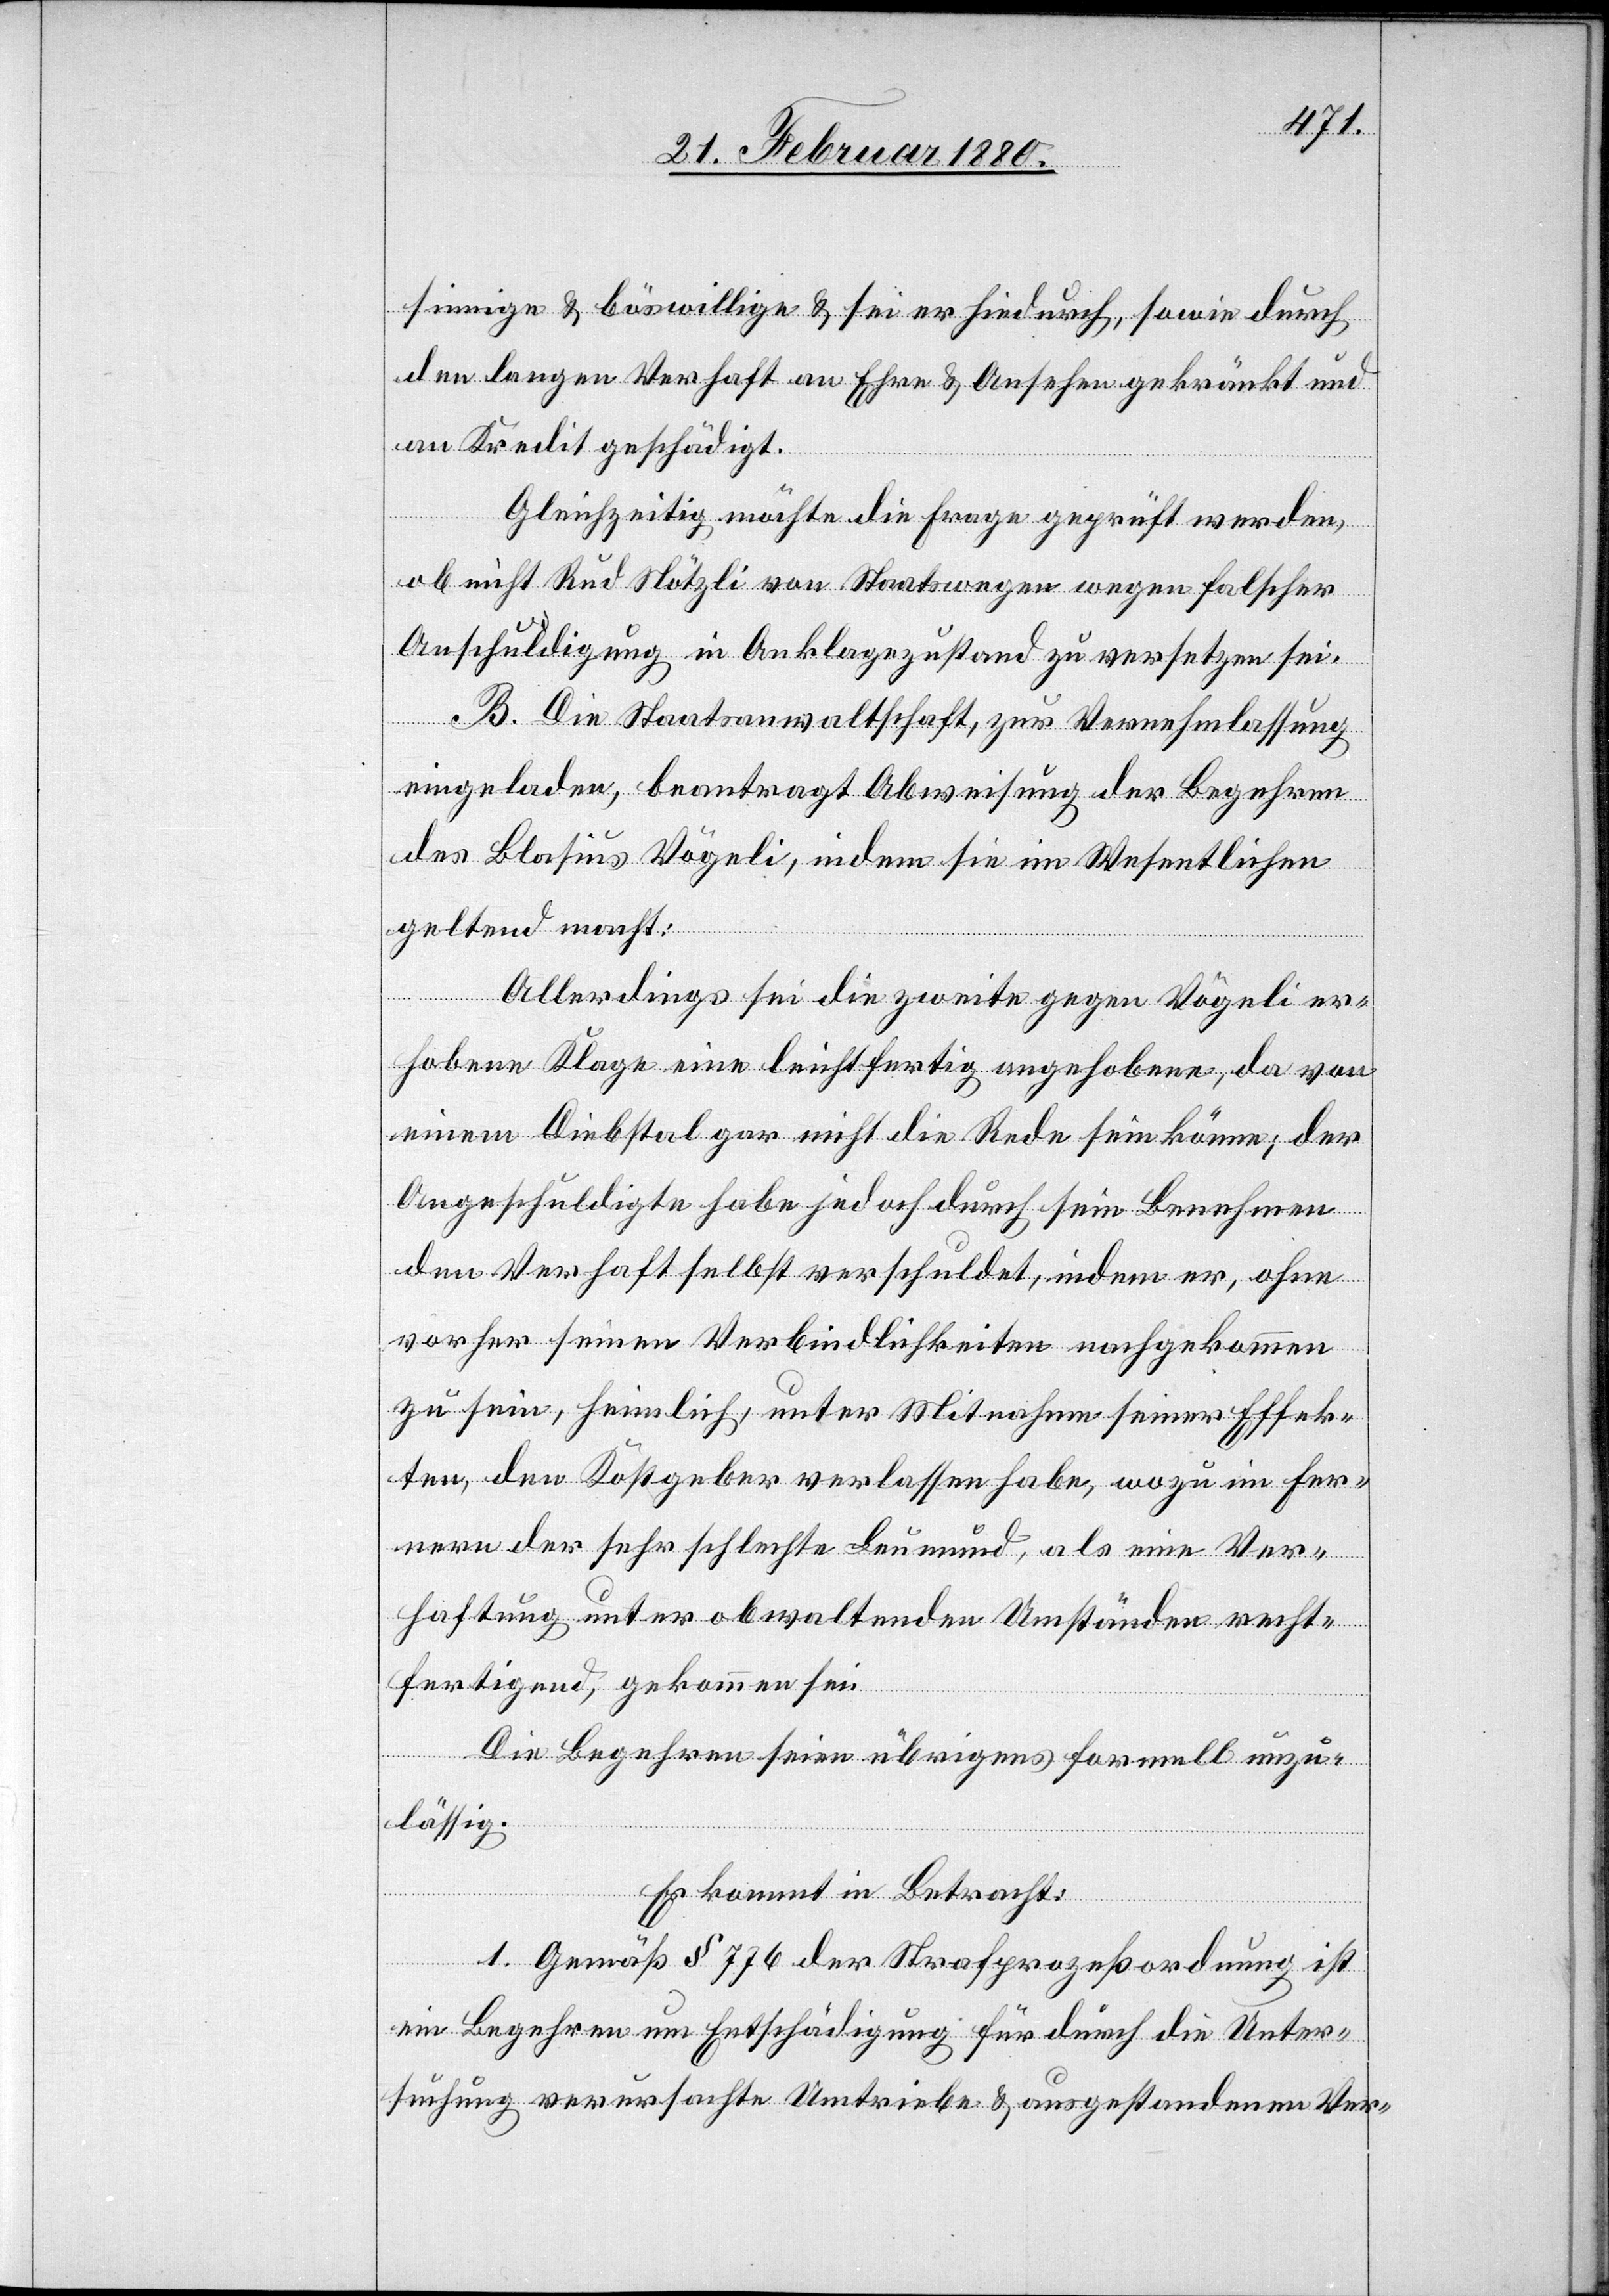
sinnige & böswillige & sei er hiedurch, sowie durch
den langen Verhaft an Ehre & Ansehen gekränkt und
an Kredit geschädigt.
Gleichzeitig möchte die Frage geprüft werden,
ob nicht Rud. Nötzli von Staatswegen wegen falscher
Anschuldigung in Anklagezustand zu versetzen sei.
B. Die Staatsanwaltschaft, zur Vernehmlassung
eingeladen, beantragt Abweisung der Begehren
des Blasius Vögeli, indem sie im Wesentlichen
geltend macht:
Allerdings sei die zweite gegen Vögeli er¬
hobene Klage eine leichtfertig angehobene, da von
einem Diebstal gar nicht die Rede sein könne; der
Angeschuldigte habe jedoch durch sein Benehmen
den Verhaft selbst verschuldet, indem er, ohne
vorher seinen Verbindlichkeiten nachgekommen
zu sein, heimlich, unter Mitnahme seiner Effek¬
ten, den Kostgeber verlassen habe, wozu im Fer¬
nern der sehr schlechte Leumund, als eine Ver¬
haftung unter obwaltenden Umständen recht¬
fertigend, gekommen sei.
Die Begehren seien übrigens formell unzu¬
lässig.
Es kommt in Betracht:
1. Gemäß § 776 der Strafprozeßordnung ist
ein Begehren um Entschädigung für durch die Unter¬
suchung verursachte Umtriebe & ausgestandenen Ver-